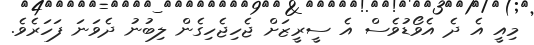
މިއީ އެ ދެ އެވޯޑުވެސް އެ ސީރީޒަށް ޖެހިޖެހިގެން ލިބުނު ދެވަނަ ފަހަރެވެ.